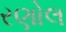
રણોલ